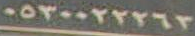
٠٥٣٠٠٢٢٢٦٣